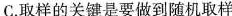
C.取样的关键是要做到随机取样